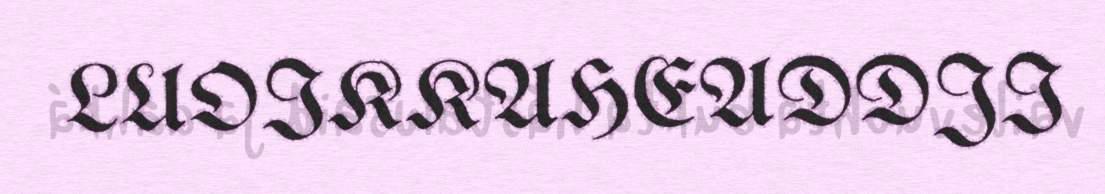
LUOIKKAHEADDJI